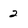
Character: 2